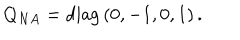
Q _ { N A } = \mathrm { d i a g } \, ( 0 , - 1 , 0 , 1 ) \, .